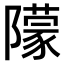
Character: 𨼿